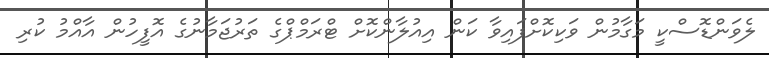
ލެވަންޑޮސްކީ މަގާމުން ވަކިކޮށްފައިވާ ކަން އިއުލާންކޮށް ޓްރަމްޕްގެ ތަރުޖަމާނުގެ އޮފީހުން އާއްމު ކުރި